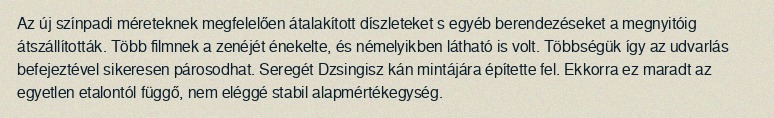
Az új színpadi méreteknek megfelelően átalakított díszleteket s egyéb berendezéseket a megnyitóig átszállították. Több filmnek a zenéjét énekelte, és némelyikben látható is volt. Többségük így az udvarlás befejeztével sikeresen párosodhat. Seregét Dzsingisz kán mintájára építette fel. Ekkorra ez maradt az egyetlen etalontól függő, nem eléggé stabil alapmértékegység.